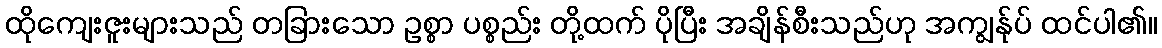
ထိုကျေးဇူးများသည် တခြားသော ဥစ္စာ ပစ္စည်း တို့ထက် ပိုပြီး အချိန်စီးသည်ဟု အကျွန်ုပ် ထင်ပါ၏။